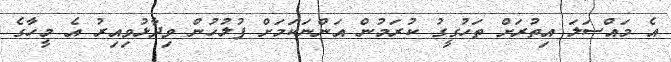
އެ މައްސަލަ އިތުރަށް ތަހުގީގު ކުރަމުން އަންނަކަމަށް ފުލުހުން ވިދާޅުވިއިރު އެ މީހާގެ